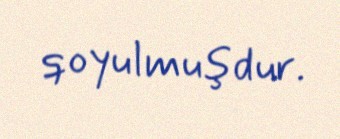
qoyulmuşdur.